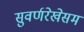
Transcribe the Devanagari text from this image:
सुवर्णरेखेसम